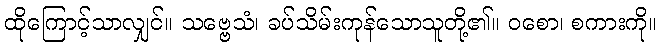
ထိုကြောင့်သာလျှင်။ သဗ္ဗေသံ၊ ခပ်သိမ်းကုန်သောသူတို့၏။ ဝစော၊ စကားကို။